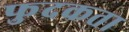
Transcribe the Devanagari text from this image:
फुदकता